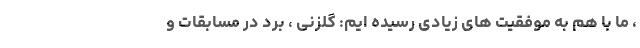
، ما با هم به موفقیت های زیادی رسیده ایم: گلزنی ، برد در مسابقات و